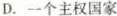
D. 一个主权国家